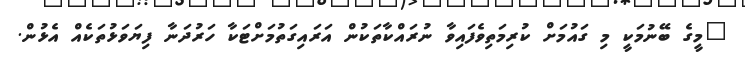
"މީގެ ބޭނުމަކީ މި ގައުމަށް ކުރިމަތިވެފައިވާ ނުރައްކާތަކުން އަރައިގަތުމަށްޓަކާ ހަރުދަނާ ފިޔަވަޅުތަކެއް އެޅުން.